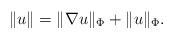
LaTeX: \begin{align*}\Vert u \Vert = \Vert \nabla u \Vert_{\Phi} + \Vert u \Vert_{\Phi}.\end{align*}